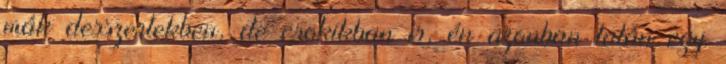
mák desszertekben, de csokikban is, én azonban talán egy